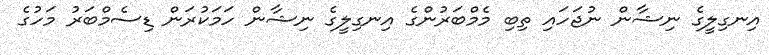
އިނގިލީގެ ނިޝާން ނުޖަހައި ތިބި މެމްބަރުންގެ އިނގިލީގެ ނިޝާން ހަމަކުރަން ޑިސެމްބަރު މަހުގެ